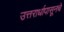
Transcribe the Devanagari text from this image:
उत्तरार्धापासूनचे